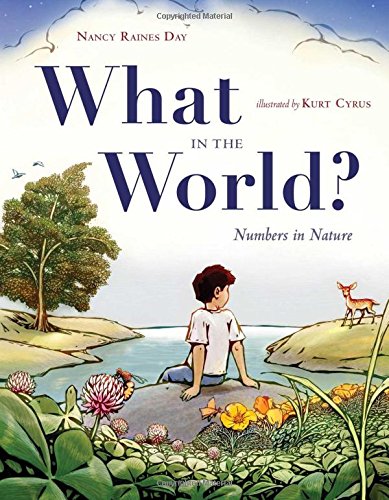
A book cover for What in the World?: Numbers in Nature; Nancy Raines Day; Science & Math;